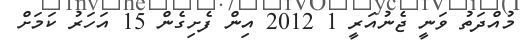
މުއްދަތު ވަނީ ޖެނުއަރީ 1 2012 އިން ފެށިގެން 15 އަހަރު ކަމަށް